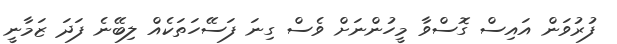
ފުރުވަން އައިސް ގޮސްވާ މީހުންނަށް ވެސް ގިނަ ފަސޭހަތަކެއް ލިބޭނެ ފަދަ ޒަމާނީ